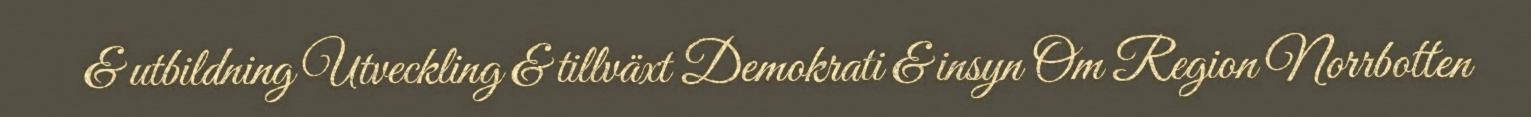
& utbildning Utveckling & tillväxt Demokrati & insyn Om Region Norrbotten